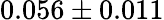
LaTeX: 0.056\pm 0.011